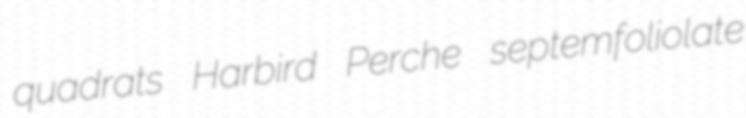
quadrats Harbird Perche septemfoliolate